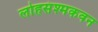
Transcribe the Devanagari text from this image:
लोहसंश्मकवन